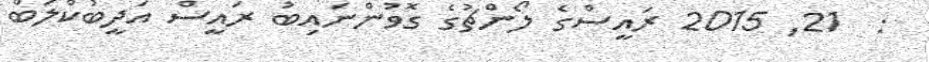
:  21